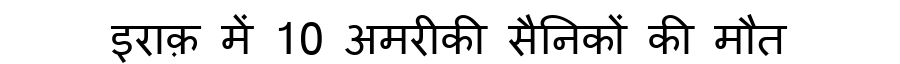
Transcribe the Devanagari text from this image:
इराक़ में 10 अमरीकी सैनिकों की मौत